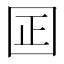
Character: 囸